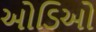
ઓડિઓ